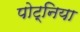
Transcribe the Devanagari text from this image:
पोट्निया